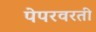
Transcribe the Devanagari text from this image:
पेपरवरती